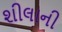
શીલાની